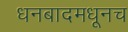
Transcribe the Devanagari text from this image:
धनबादमधूनच